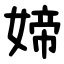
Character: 媂